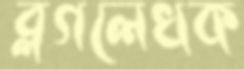
ব্লগলেখক